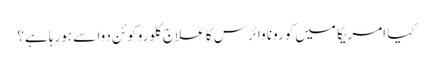
کیا امریکا میں کورونا وائرس کا علاج کلوروکوئن دوا سے ہورہا ہے؟